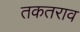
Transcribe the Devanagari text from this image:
तकतराव